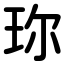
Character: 珎